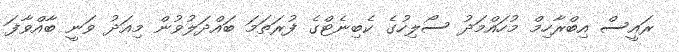
ރައީސް އިބްރާހިމް މުހައްމަދު ސޯލިހުގެ ކެބިނެޓްގެ ފުރަތަމަ ބައްދަލުވުން މިއަދު ވަނީ ބާއްވާފަ